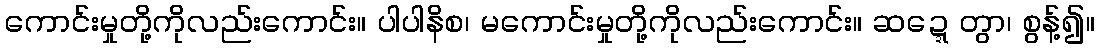
ကောင်းမှုတို့ကိုလည်းကောင်း။ ပါပါနိစ၊ မကောင်းမှုတို့ကိုလည်းကောင်း။ ဆဍ္ဍေတွာ၊ စွန့်၍။